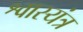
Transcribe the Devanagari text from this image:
श्वास्यंत्र